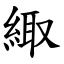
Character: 緅